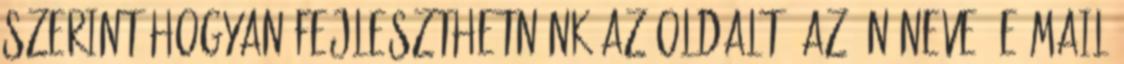
szerint hogyan fejleszthetnénk az oldalt? Az Ön neve: E-mail